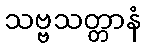
သဗ္ဗသတ္တာနံ